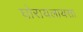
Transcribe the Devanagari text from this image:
घोरायलायसा